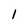
Character: 1